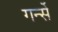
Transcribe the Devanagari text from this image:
गर्न्से